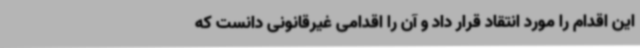
این اقدام را مورد انتقاد قرار داد و آن را اقدامی غیرقانونی دانست که